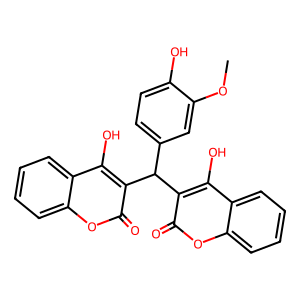
SMILES: COc1cc(C(c2c(O)c3ccccc3oc2=O)c2c(O)c3ccccc3oc2=O)ccc1O
Inhibits HIV replication: No